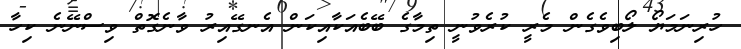
ހުރިނަމަޔޯ ލޯބިވެގެން މެރީ ކުރެވުނީ ތިމާގެ ބޭބެއަކާއިކަން އެނގޭއިރު ވާނެގޮތް ވިސްނޭނެ ކިހާ